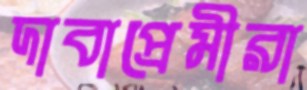
দাবাপ্রেমীরা